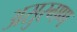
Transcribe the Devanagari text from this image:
असुरगण